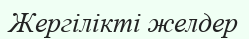
Жергілікті желдер